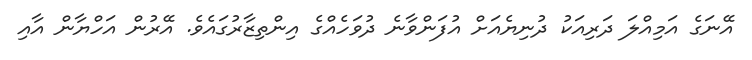
އޭނަގެ އަމިއްލަ ދަރިއަކު ދުނިޔެއަށް އުފަންވާނެ ދުވަހެއްގެ އިންތިޒާރުގައެވެ. އޭރުން އަހްޔާން އާއި